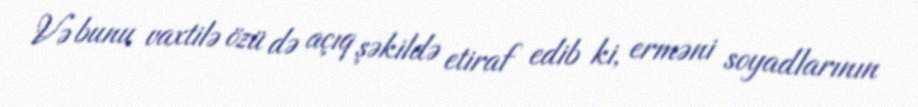
Və bunu vaxtilə özü də açıq şəkildə etiraf edib ki, erməni soyadlarının